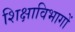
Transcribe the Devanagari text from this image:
शिक्षाविभागों